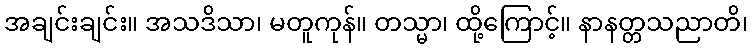
အချင်းချင်း။ အသဒိသာ၊ မတူကုန်။ တသ္မာ၊ ထို့ကြောင့်။ နာနတ္တသညာတိ၊